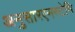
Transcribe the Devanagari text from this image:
अनुसारएनस्टेमि